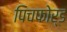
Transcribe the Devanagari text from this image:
पिचफोर्ड